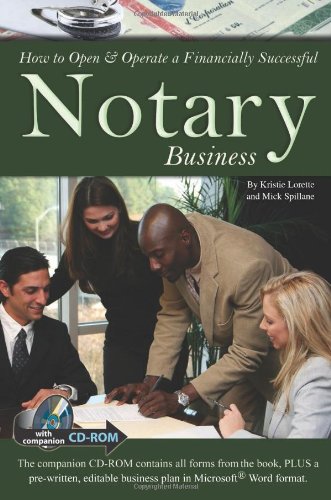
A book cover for How to Open & Operate a Financially Successful Notary Business; Mick Spillane; Law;